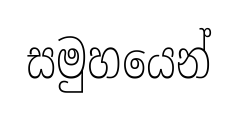
සමුහයෙන්